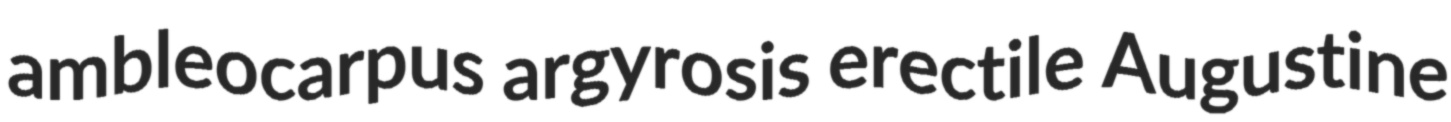
ambleocarpus argyrosis erectile Augustine